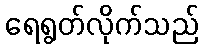
ရေရွတ်လိုက်သည်